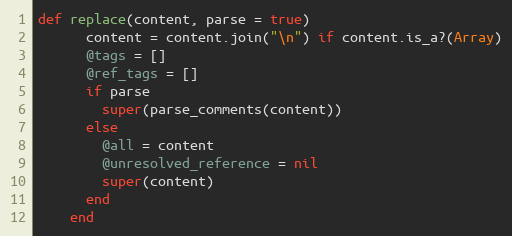
Language: Ruby
def replace(content, parse = true)
      content = content.join("\n") if content.is_a?(Array)
      @tags = []
      @ref_tags = []
      if parse
        super(parse_comments(content))
      else
        @all = content
        @unresolved_reference = nil
        super(content)
      end
    end